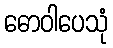
ဓောဝါပေသုံ